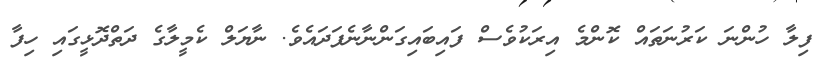
ފިލާ ހުންނަ ކަރުނަތައް ކޮންމެ އިރަކުވެސް ފައިބައިގަންނާނެފަދައެވެ. ނާޔަލް ކެމީލާގެ ދަތްދޮޅީގައި ހިފާ